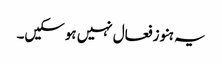
یہ ہنو زفعال نہیں ہوسکیں۔